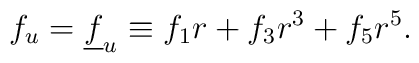
f_u = \underline{f}_u  \equiv f_1 r + f_3 r^3 + f_5 r^5.